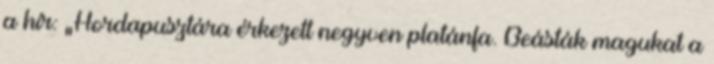
a hír: „Hordapusztára érkezett negyven platánfa. Beásták magukat a